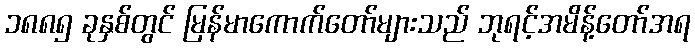
၁၈၈၅ ခုနှစ်တွင် မြန်မာကောက်တော်များသည် ဘုရင့်အမိန့်တော်အရ